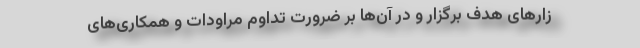
زارهای هدف برگزار و در آن‌ها بر ضرورت تداوم مراودات و همکاری‌های